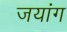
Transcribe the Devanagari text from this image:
जयांग